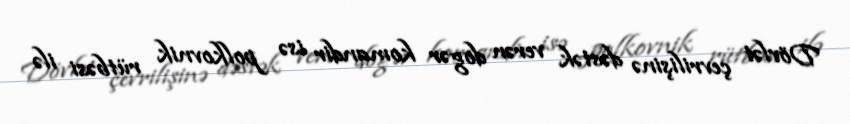
Dövlət çevrilişinə dəstək verən dogər komandir isə polkovnik rütbəsi ilə